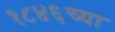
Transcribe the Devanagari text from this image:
१८४६च्या